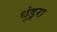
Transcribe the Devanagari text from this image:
धुंडूरा